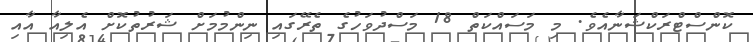
ކޮންސްޓްރަކްޝަނާއެވެ. މި މަސައްކަތް 18 މަސްދުވަހުގެ ތެރޭގައި ނިންމުމަށް ޝަރުތުކޮށް އެލިއާ އާއި